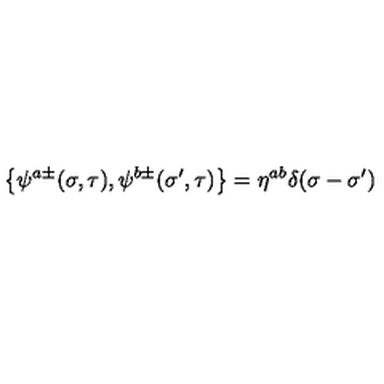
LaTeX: \left\{ \psi ^ { a \pm } ( \sigma , \tau ) , \psi ^ { b \pm } ( { \sigma } ^ { \prime } , \tau ) \right\} = \eta ^ { a b } \delta ( \sigma - { \sigma } ^ { \prime } )